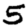
Digit: 5